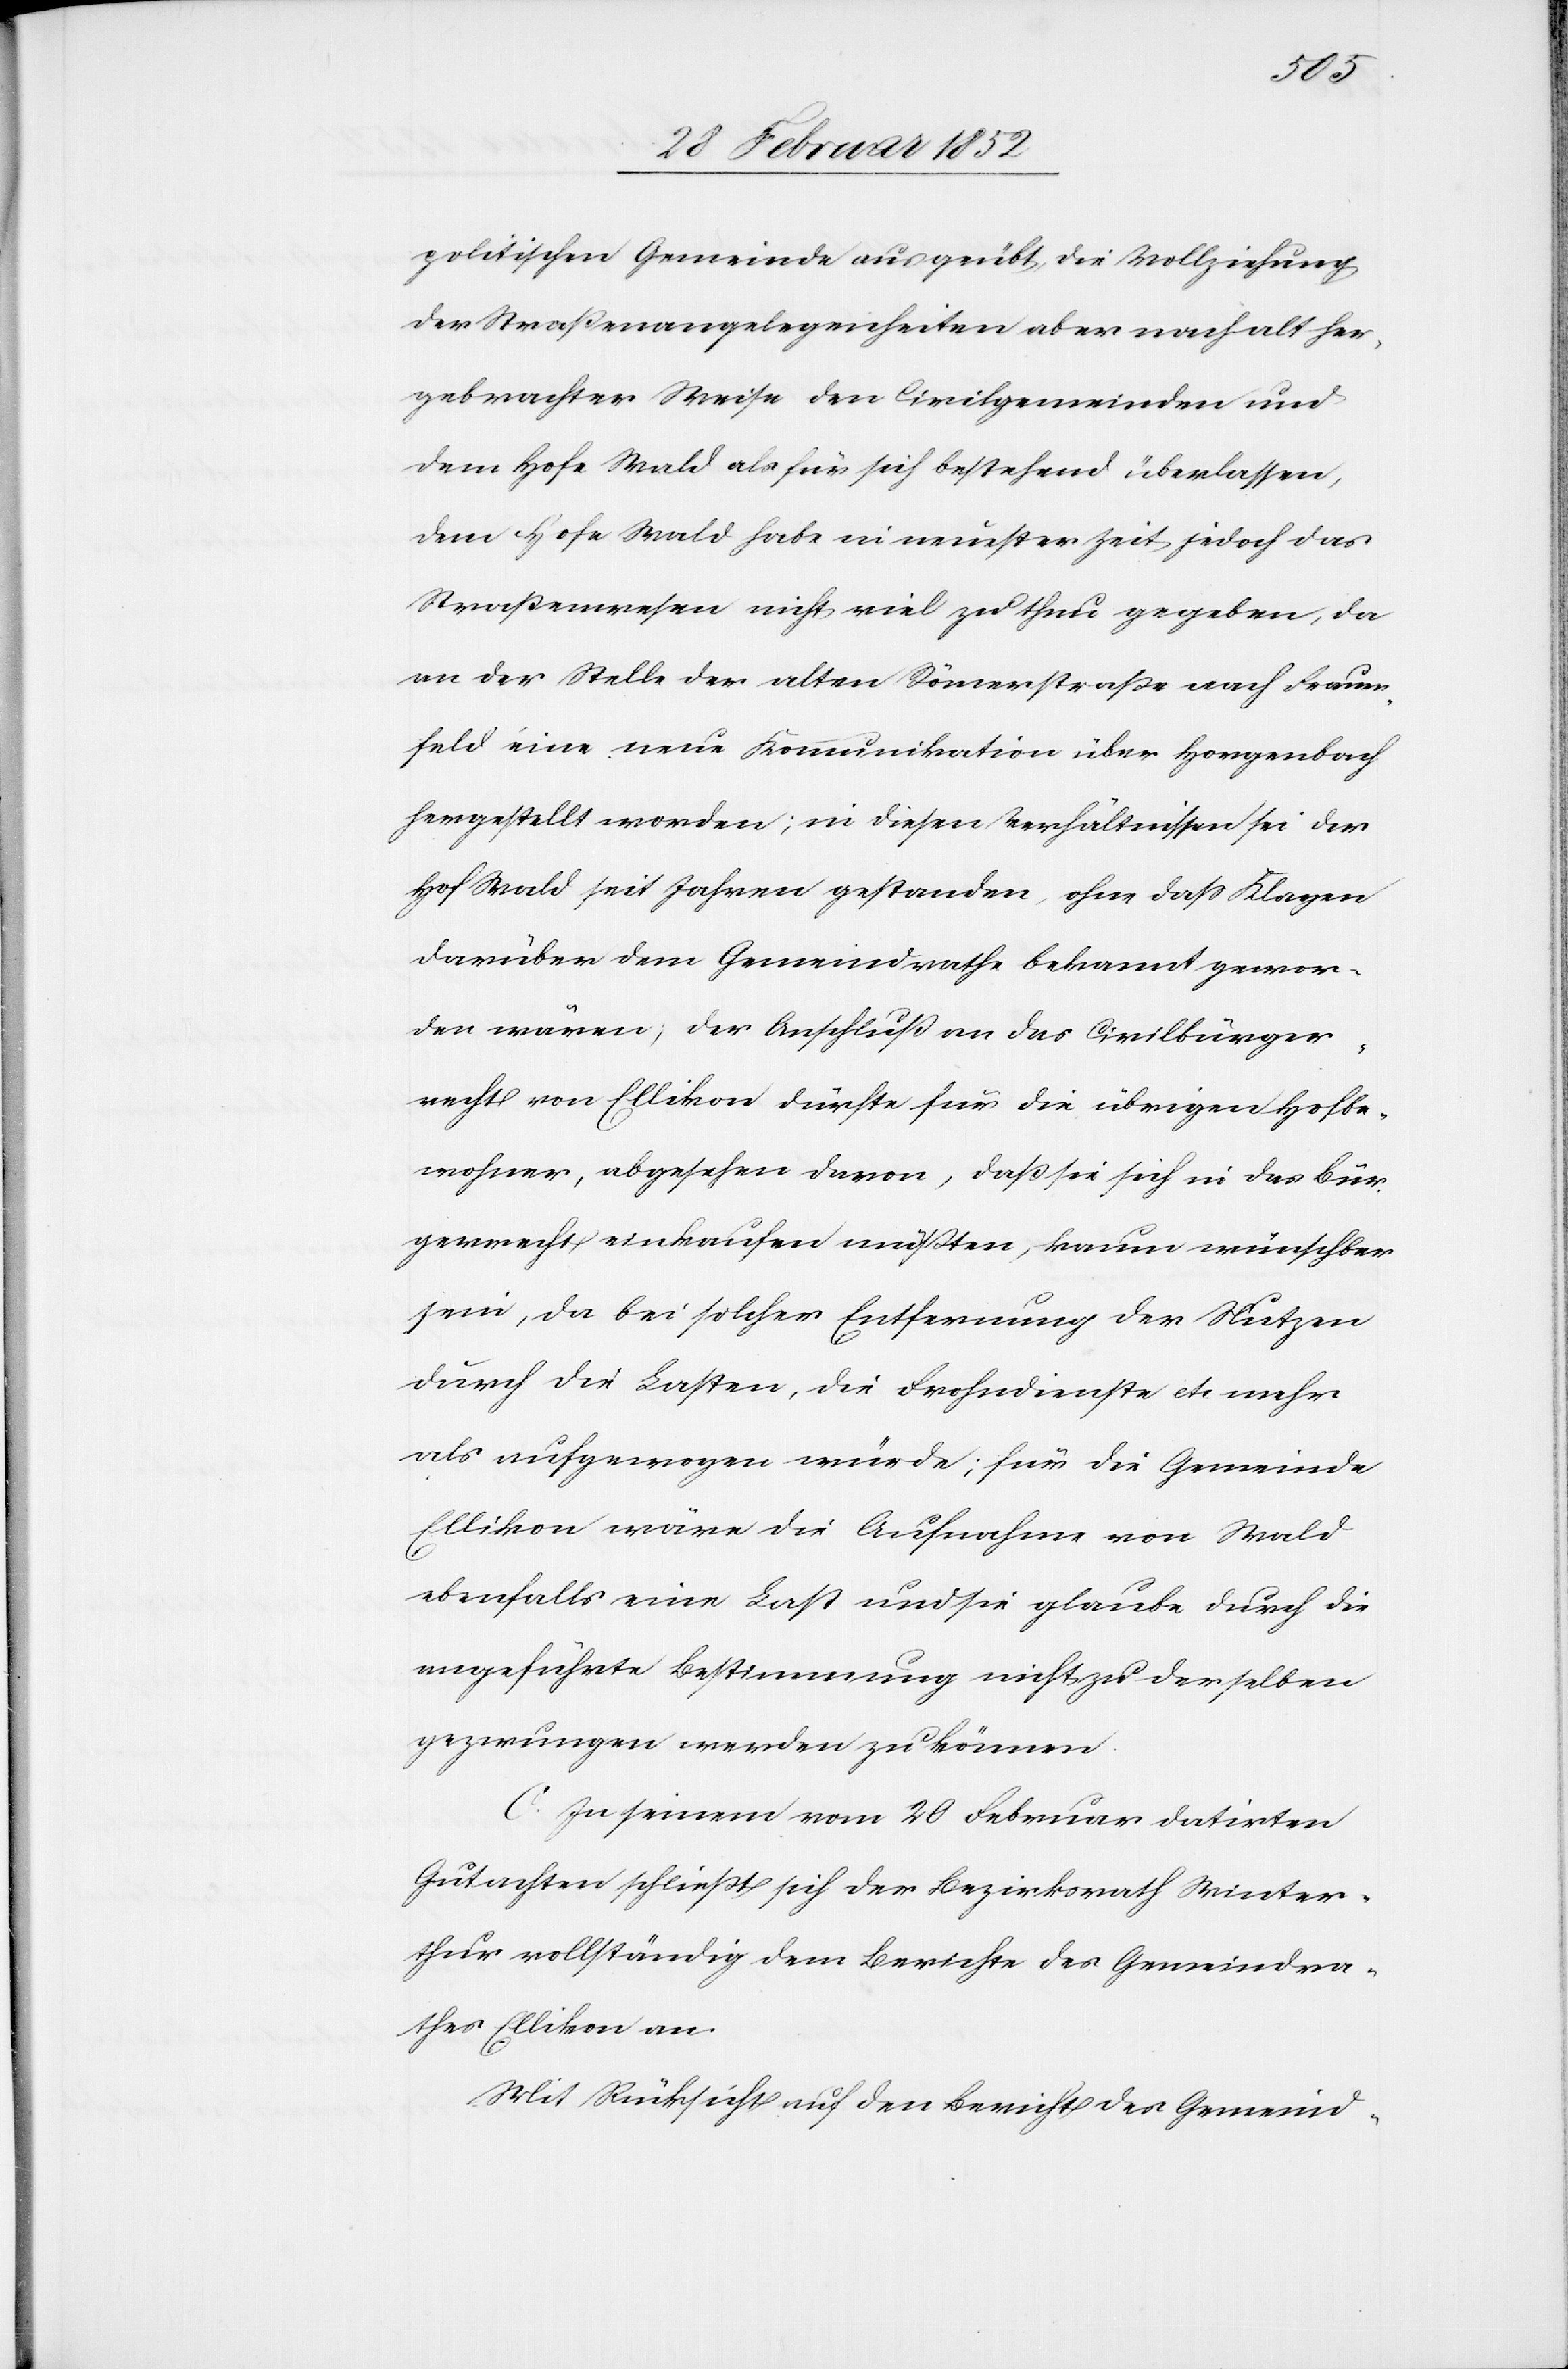
politischen Gemeinde ausgeübt, die Vollziehung
der Straßenangelegenheiten aber nach alther¬
gebrachter Weise den Civilgemeinden und
dem Hofe Wald als für sich bestehend überlassen,
dem Hofe Wald habe in neuster Zeit jedoch das
Straßenwesen nicht viel zu thun gegeben, da
an der Stelle der alten Römerstraße nach Frauen¬
feld eine neue Kommunikation über Horgenbach
hergestellt worden; in diesen Verhältnissen sei der
Hof Wald seit Jahren gestanden, ohne daß Klagen
darüber dem Gemeindrathe bekannt gewor¬
den wären; der Anschluß an das Civilbürger¬
recht von Ellikon dürfte für die übrigen Hofbe¬
wohner, abgesehen davon, daß sie sich in das Bür¬
gerrecht einkaufen müßten, kaum wünschbar
sein, da bei solcher Entfernung der Nutzen
durch die Lasten, die Frohndienste etc mehr
als aufgewogen würde; für die Gemeinde
Ellikon wäre die Aufnahme von Wald
ebenfalls eine Last und sie glaube durch die
angeführte Bestimmung nicht zu derselben
gezwungen werden zu können.
C. In seinem vom 20 Februar datirten
Gutachten schließt sich der Bezirksrath Winter¬
thur vollständig dem Berichte des Gemeindra¬
thes Ellikon an.
Mit Rücksicht auf den Bericht des Gemeind-